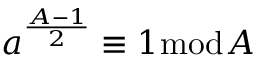
a ^ { \frac { A - 1 } { 2 } } \equiv 1 { \bmod { A } }